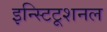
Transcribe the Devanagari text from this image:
इन्स्टिटूशनल